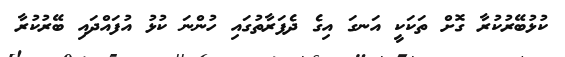
ކުޅުބޭރުކުރާ ގޮށް ތަކަކީ އަނގަ އިގެ ދެފަރާތުގައި ހުންނަ ކުޅު އުފައްދައި ބޭރުކުރާ